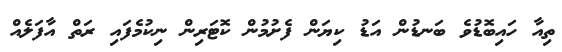
ތިއާ ހައިބޮޑުވެ ބަނޑުން އަޑު ކިޔަން ފެށުމުން ކޮޓަރިން ނިކުމެފައި ރަތް އާފަލެއް